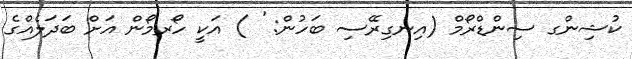
ކުޝިންގ ސިންޑްރޯމް (އިނގިރޭސި ބަހުން: ' ) އަކީ ހޯރމޯން އަށް ބަދަލެއްގެ